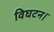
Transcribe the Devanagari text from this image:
विघटन।